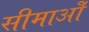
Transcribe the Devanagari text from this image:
सीमाओँ